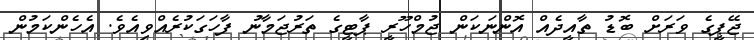
ޖޭޕީގެ ވަރަށް ބޮޑު ތާއީދެއް އޮންނަކަން ޖުމްހޫރީ ޕާޓީގެ ތަރުޖަމާނު ފާހަގަކުރެއްވިއެވެ. އެހެންކަމުން